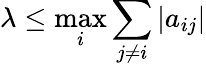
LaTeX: \lambda\leq\operatorname*{max}_{i}\sum_{j\neq i}|a_{ij}|